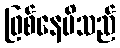
ဖြစ်နေမိသည်